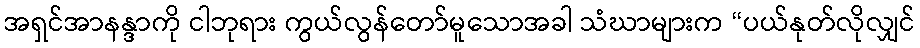
အရှင်အာနန္ဒာကို ငါဘုရား ကွယ်လွန်တော်မူသောအခါ သံဃာများက “ပယ်နုတ်လိုလျှင်